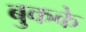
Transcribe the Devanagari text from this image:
बुकके